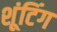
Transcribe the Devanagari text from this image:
शूंटिंग